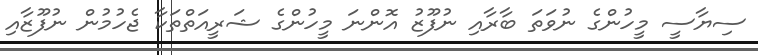
ސިޔާސީ މީހުންގެ ނުވަތަ ބާރާއި ނުފޫޒު އޮންނަ މީހުންގެ ޝަރީއަތްތަކާ ޖެހުމުން ނުފޫޒާއި